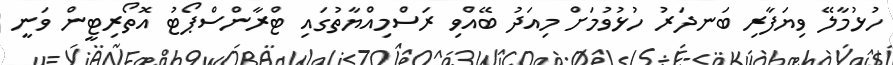
ހުޅުމާލޭ ވިޔަފާރި ބަނދަރު ހުޅުވުމަށް މިއަދު ބޭއްވި ރަސްމިއްޔާތުގައި ޓްރާންސްޕޯޓު އޮތޯރިޓީން ވަނީ